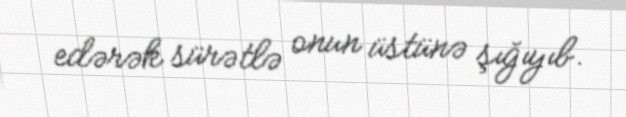
edərək sürətlə onun üstünə şığıyıb.